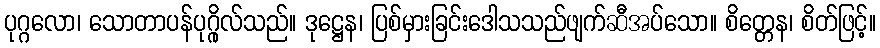
ပုဂ္ဂလော၊ သောတာပန်ပုဂ္ဂိုလ်သည်။ ဒုဋ္ဌေန၊ ပြစ်မှားခြင်းဒေါသသည်ဖျက်ဆီအပ်သော။ စိတ္တေန၊ စိတ်ဖြင့်။